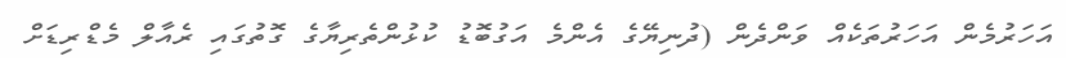
އަހަރުމެން އަހަރުތަކެއް ވަންދެން (ދުނިޔޭގެ އެންމެ އަގުބޮޑު ކުޅުންތެރިޔާގެ ގޮތުގައި ރެއާލް މެޑްރިޑަށް